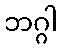
ဘဂ္ဂါ